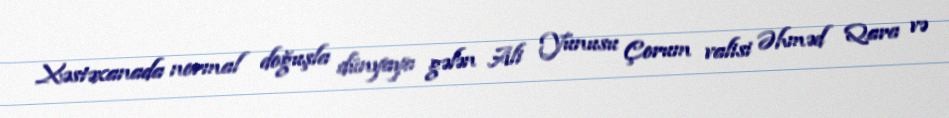
Xəstəxanada normal doğuşla dünyaya gələn Ali Yunusu Çorum valisi Əhməd Qara və